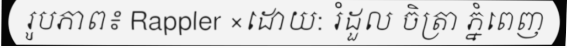
រូបភាព៖ Rappler ×ដោយ: រំដួល ចិត្រា ភ្នំពេញ